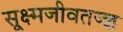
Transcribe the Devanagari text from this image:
सूक्ष्मजीवतज्ज्ञ